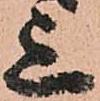
上